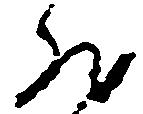
然